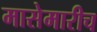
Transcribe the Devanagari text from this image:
मासेमारीच